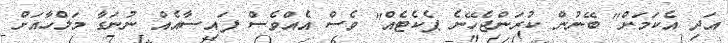
އަދި އެކަމަށް" ބޭނުން ކުރަންޖެހޭނެ ޕެކެޓެއް" ވެސް އެއްވެސް ފައިސާއެއް ނުނަގާ މަލްހާއަށް